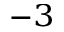
^ { - 3 }